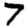
Digit: 7